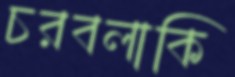
চরবলাকি